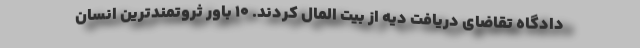
دادگاه تقاضای دریافت دیه از بیت المال کردند. ۱۰ باور ثروتمندترین انسان